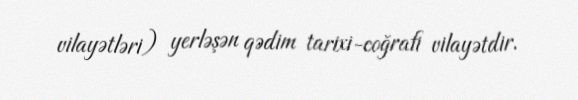
vilayətləri) yerləşən qədim tarixi-coğrafi vilayətdir.